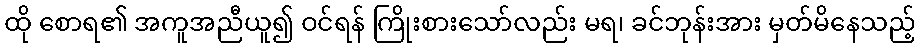
ထို စောရ၏ အကူအညီယူ၍ ဝင်ရန် ကြိုးစားသော်လည်း မရ၊ ခင်ဘုန်းအား မှတ်မိနေသည့်